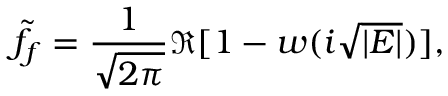
\tilde { f } _ { f } = { \frac { 1 } { \sqrt { 2 \pi } } } \Re [ 1 - w ( i \sqrt { | { \cal E } | } ) ] ,